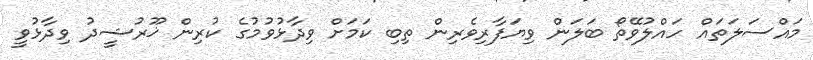
މައްސަލަތައް ހައްލުވޭތޯ ބަލަން ވިޔަފާރިވެރިން ތިބި ކަމަށް ވިދާޅުވުމުގެ ކުރިން ޚޫރުޝީދު ވިދާޅުވީ